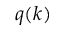
q ( k )